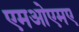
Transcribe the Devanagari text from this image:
एमओएमए